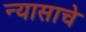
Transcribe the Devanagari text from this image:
न्यासाचे